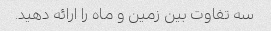
سه تفاوت بین زمین و ماه را ارائه دهید.